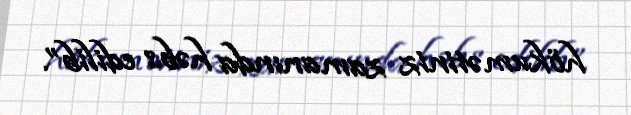
hökumətiniz zamanında həbs edilib”.